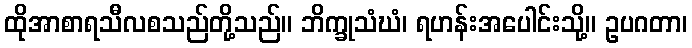
ထိုအာစာရသီလစသည်တို့သည်။ ဘိက္ခုသံဃံ၊ ရဟန်းအပေါင်းသို့။ ဥပဂတာ၊